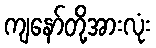
ကျနော်တို့အားလုံး